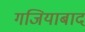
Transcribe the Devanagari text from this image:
गजियाबाद